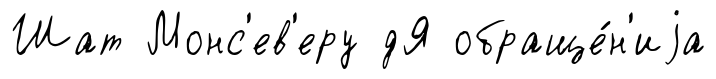
Шат Монс'ев'еру дЯ обраще́н'иjа